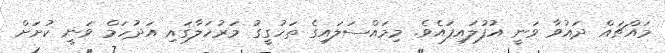
މައްޗައް ދައުވާ ވަނީ އުފުލައިފައެވެ. މިމައްސަލައިގެ ތަހުގީގު މަރުހަލާގައި އަދުހަމް ވަނީ ކުށަށް